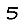
Digit: 5